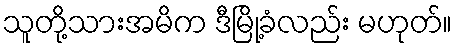
သူတို့သားအမိက ဒီမြို့ခံလည်း မဟုတ်။